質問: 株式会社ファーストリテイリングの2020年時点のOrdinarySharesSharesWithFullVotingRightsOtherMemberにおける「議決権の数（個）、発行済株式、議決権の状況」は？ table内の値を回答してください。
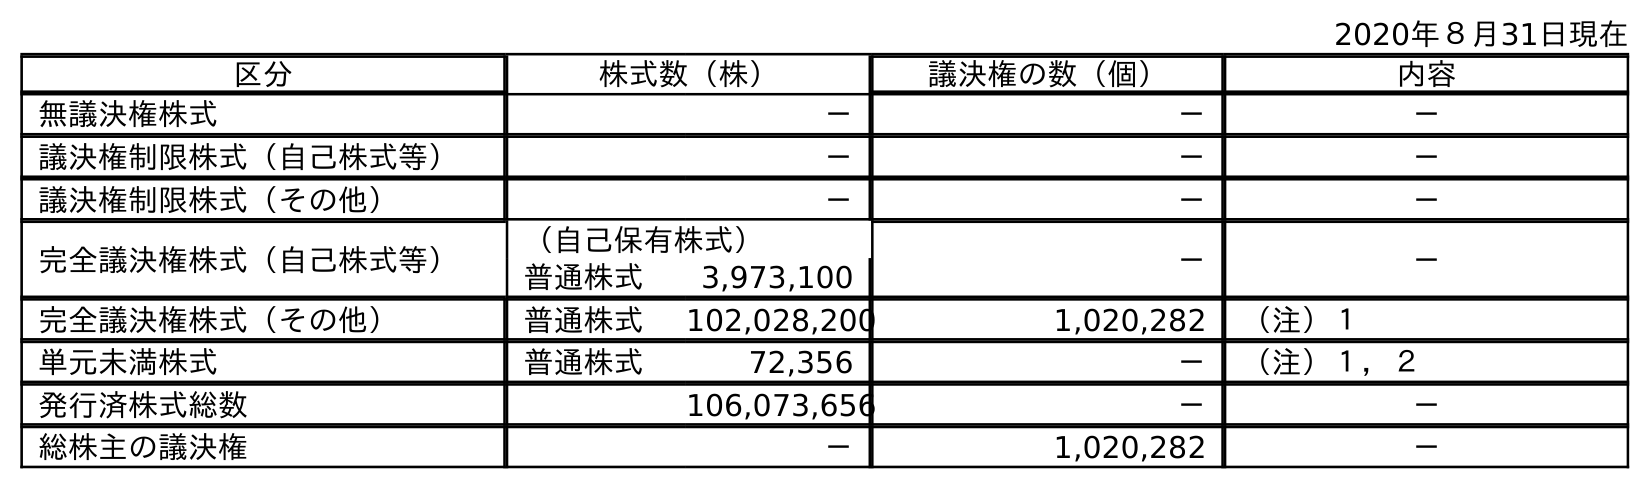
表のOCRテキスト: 2020年８月31日現在 区分 株式数（株） 議決権の数（個） 内容 無議決権株式 － － － 議決権制限株式（自己株式等） － － － 議決権制限株式（その他） － － － 完全議決権株式（自己株式等） （自己保有株式） － － 普通株式 3,973,100 完全議決権株式（その他） 普通株式 102,028,200 1,020,282 （注）１ 単元未満株式 普通株式 72,356 － （注）１，２ 発行済株式総数 106,073,656 － － 総株主の議決権 － 1,020,282 －
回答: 1,020,282